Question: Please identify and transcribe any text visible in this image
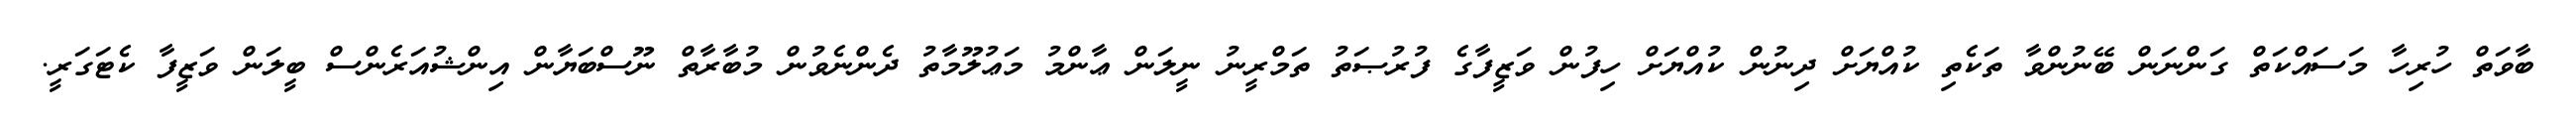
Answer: ބާވަތް ހުރިހާ މަސައްކަތް ގަންނަން ބޭނުންވާ ތަކެތި ކުއްޔަށް ދިނުން ކުއްޔަށް ހިފުން ވަޒީފާގެ ފުރުޞަތު ތަމްރީނު ނީލަން ޢާންމު މަޢުލޫމާތު ދެންނެވުން މުބާރާތް ނޫސްބަޔާން އިންޝުއަރެންސް ބީލަން ވަޒީފާ ކެޓަގަރީ.